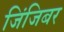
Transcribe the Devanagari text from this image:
जिंजिबर